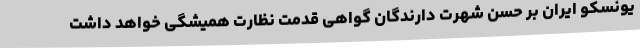
یونسکو ایران بر حسن شهرت دارندگان گواهی قدمت نظارت همیشگی خواهد داشت